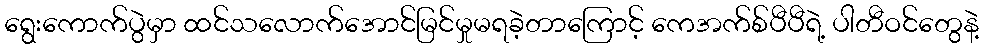
ရွေးကောက်ပွဲမှာ ထင်သလောက်အောင်မြင်မှုမရခဲ့တာကြောင့် ကေအက်စ်ပီပီရဲ့ ပါတီဝင်တွေနဲ့